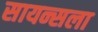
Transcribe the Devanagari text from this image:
सायन्सला